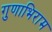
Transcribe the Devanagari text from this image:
गुणाभिराम